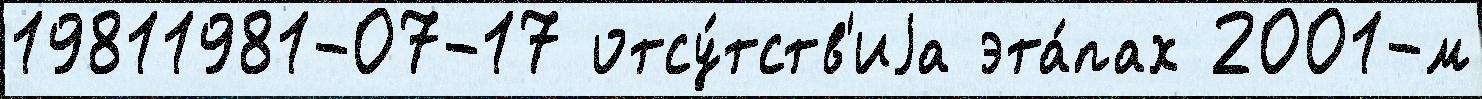
19811981-07-17 отсу́тств'иjа эта́пах 2001-м